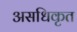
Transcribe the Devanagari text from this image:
असधिकृत